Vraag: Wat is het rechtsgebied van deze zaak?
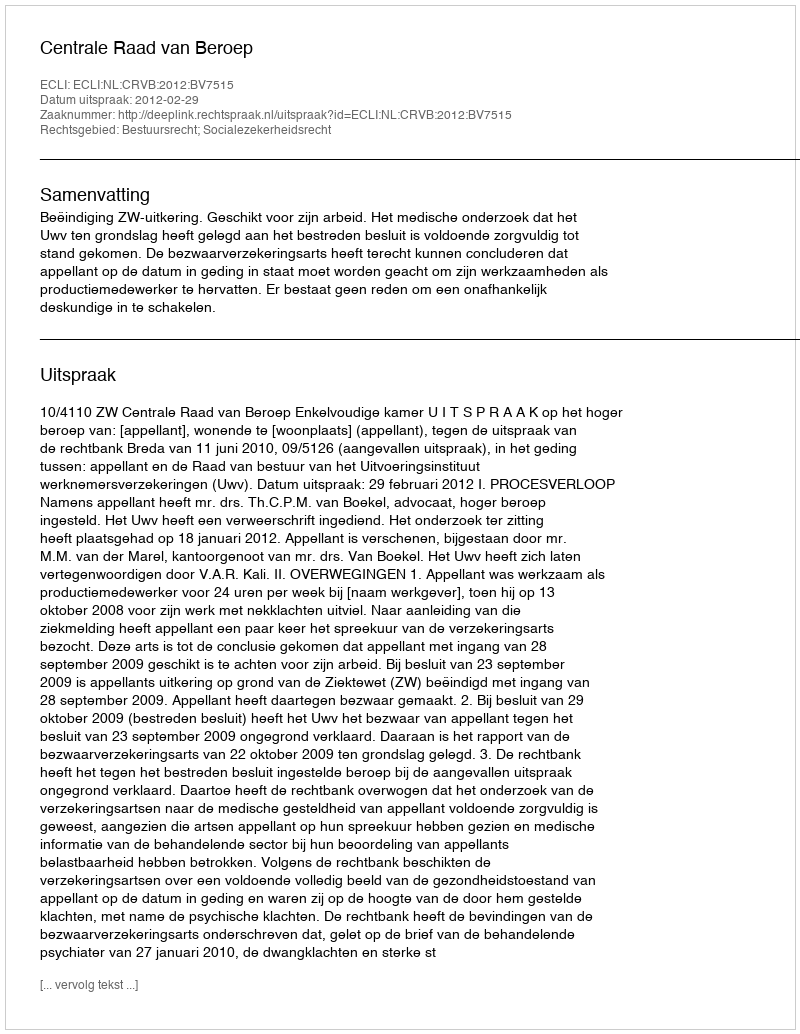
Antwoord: Bestuursrecht; Socialezekerheidsrecht